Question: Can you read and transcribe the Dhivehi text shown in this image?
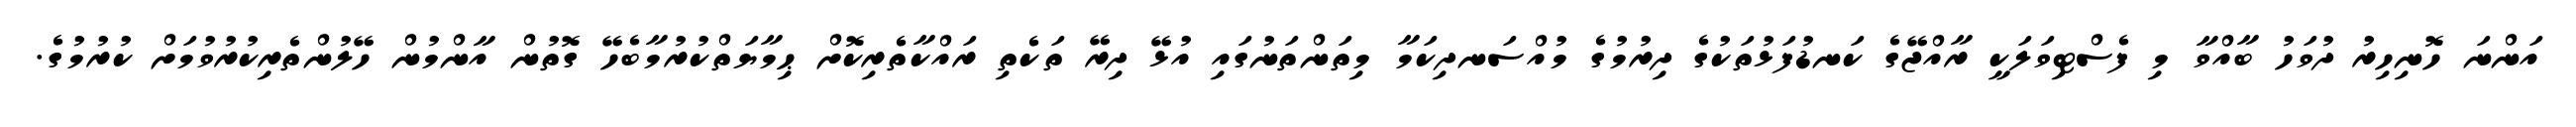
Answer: އަންނަ ހޮނިހިރު ދުވަހު ބާއްވާ މި ފެސްޓިވަލަކީ ރާއްޖޭގެ ކަނޑުފަޅުތަކުގެ ދިރުމުގެ މުއްސަނދިކަމާ މިތަންތަނުގައި އުޅޭ ދިރޭ ތަކެތި ރައްކާތެރިކޮށް ޙިމާޔަތްކުރުމާބެހޭ ގޮތުން އާންމުން ހޭލުންތެރިކުރުވުމަށް ކުރުމުގެ.